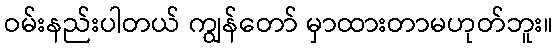
ဝမ်းနည်းပါတယ် ကျွန်တော် မှာထားတာမဟုတ်ဘူး။